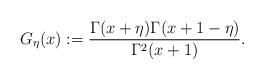
LaTeX: \begin{align*}G_{\eta}(x):=\frac{\Gamma(x+\eta)\Gamma(x+1-\eta)}{\Gamma^2(x+1)}.\end{align*}